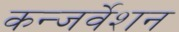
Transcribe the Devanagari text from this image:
कन्जर्वेशन